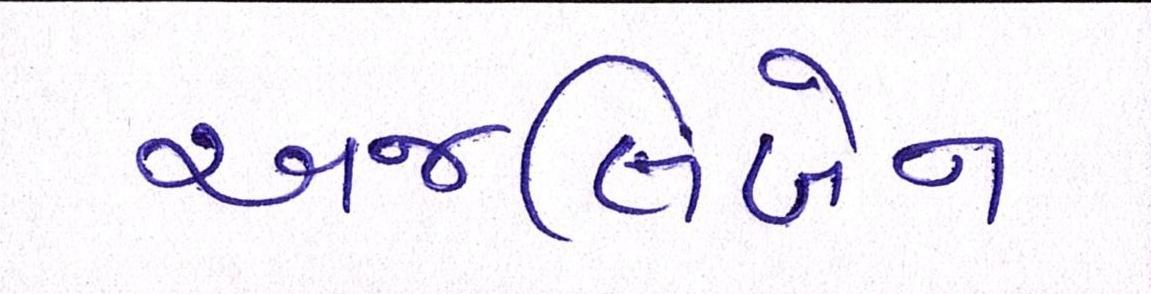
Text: અંજલિબેન